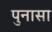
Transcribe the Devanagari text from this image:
पुनासा